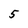
Character: 5